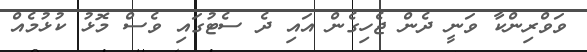
ވަވްރިންކާ ވަނީ ދެން ޖެހިގެން އައި ދެ ސެޓުގައި ވެސް މޮޅު ކުޅުމެއް